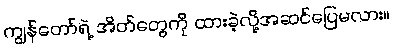
ကျွန်တော်ရဲ့ အိတ်တွေကို ထားခဲ့လို့အဆင်ပြေမလား။